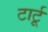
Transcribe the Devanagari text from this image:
टार्टू